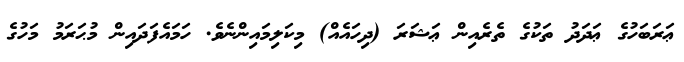
ޢަރަބަހުގެ ޢަދަދު ތަކުގެ ތެރެއިން ޢަޝަރަ (ދިހައެއް) މިކަލިމައިންނެވެ. ހަމައެފަދައިން މުޙަރަމު މަހުގެ